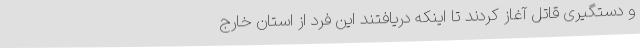
و دستگیری قاتل آغاز کردند تا اینکه دریافتند این فرد از استان خارج